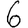
Digit: 6